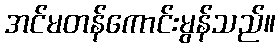
အင်မတန်ကောင်းမွန်သည်။